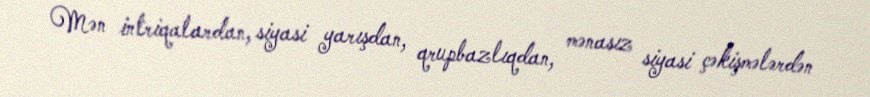
Mən intriqalardan, siyasi yarışdan, qrupbazlıqdan, mənasız siyasi çəkişmələrdən